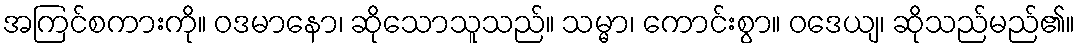
အကြင်စကားကို။ ဝဒမာနော၊ ဆိုသောသူသည်။ သမ္မာ၊ ကောင်းစွာ။ ဝဒေယျ၊ ဆိုသည်မည်၏။